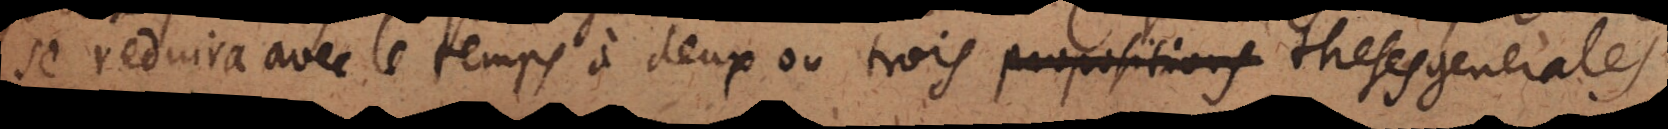
se reduira avec le temps à deux ou trois theses generales